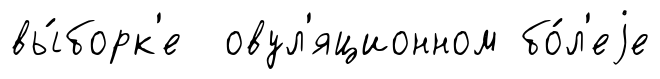
вы́борк'е овул'яционном бо́л'еjе